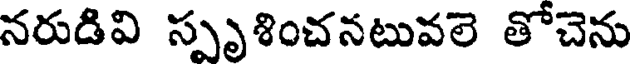
నరుడివి స్పృశించనటువలె తోచెను